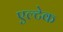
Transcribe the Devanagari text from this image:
एल्टेक